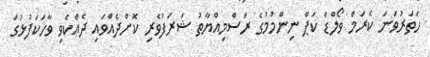
ހަތަރުވަނަ ކެރަމް ވޯލްޑް ކަޕް ނިންމުމުގެ ރަސްމިއްޔާތު ޝަރަފުވެރި ކޮށްދެއްވައި ދެއްކެވި ވާހަކަފުޅުގަ